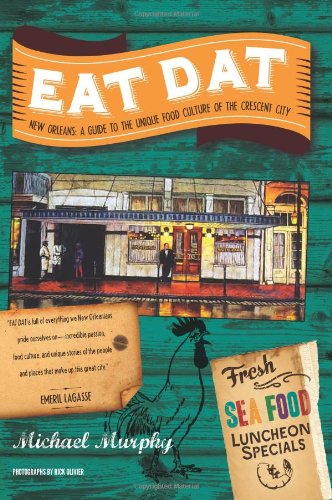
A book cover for Eat Dat New Orleans: A Guide to the Unique Food Culture of the Crescent City; Michael Murphy; Travel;